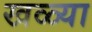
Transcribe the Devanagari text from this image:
खळ्या